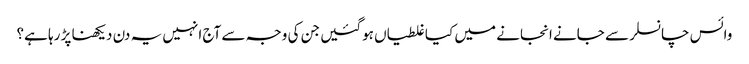
وائس چانسلر سے جانے انجانے میں کیا غلطیاں ہوگئیں جن کی وجہ سے آج انہیں یہ دن دیکھنا پڑ رہا ہے؟